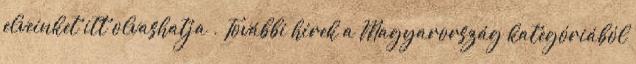
elveinket itt olvashatja . További hírek a Magyarország kategóriából